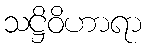
သဋ္ဌိဝိဟာရာ